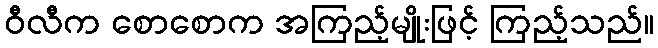
ဝီလီက စောစောက အကြည့်မျိုးဖြင့် ကြည့်သည်။